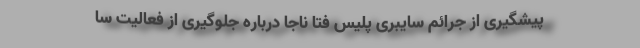
پیشگیری از جرائم سایبری پلیس فتا ناجا درباره جلوگیری از فعالیت سا